Lunatic asylums Central Provinces reports 1895-1909 - 1895-1909
Year: 1895
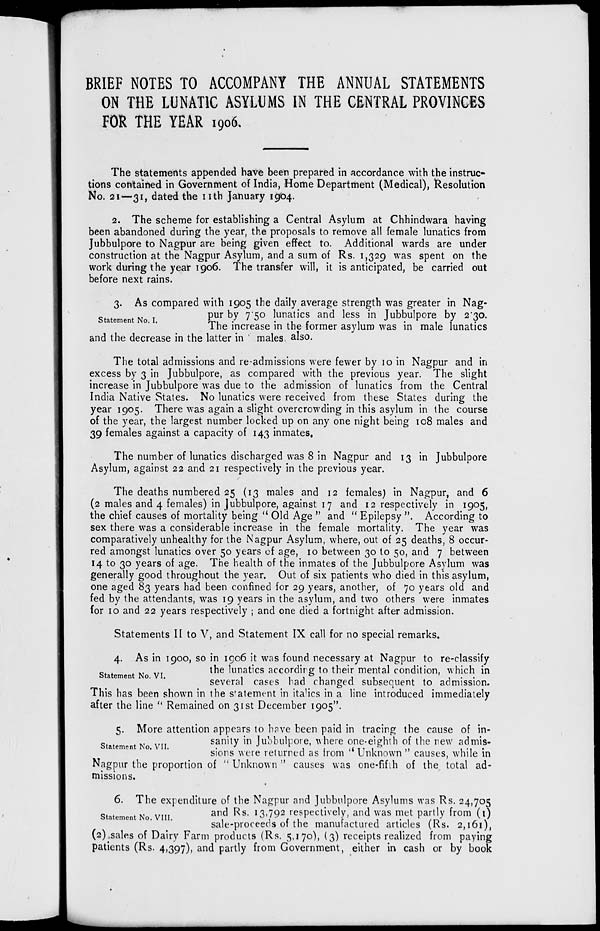
BRIEF NOTES TO ACCOMPANY THE ANNUAL STATEMENTS
ON THE LUNATIC ASYLUMS IN THE CENTRAL PROVINCES
FOR THE YEAR 1906.
The statements appended have been prepared in accordance with the instruc-
tions contained in Government of India, Home Department (Medical), Resolution
No. 21—31, dated the 11th January 1904.
2. The scheme for establishing a Central Asylum at Chhindwara having
been abandoned during the year, the proposals to remove all female lunatics from
Jubbulpore to Nagpur are being given effect to. Additional wards are under
construction at the Nagpur Asylum, and a sum of Rs. 1,329 was spent on the
work during the year 1906. The transfer will, it is anticipated, be carried out
before next rains.
Statement No. I.
3. As compared with 1905 the daily average strength was greater in Nag-
pur by 7.50 lunatics and less in Jubbulpore by 2.30.
The increase in the former asylum was in male lunatics
and the decrease in the latter in males also.
The total admissions and re-admissions were fewer by 10 in Nagpur and in
excess by 3 in Jubbulpore, as compared with the previous year. The slight
increase in Jubbulpore was due to the admission of lunatics from the Central
India Native Stales. No lunatics were received from these States during the
year 1905. There was again a slight overcrowding in this asylum in the course
of the year, the largest number locked up on any one night being 108 males and
39 females against a capacity of 143 inmates.
The number of lunatics discharged was 8 in Nagpur and 13 in Jubbulpore
Asylum, against 22 and 21 respectively in the previous year.
The deaths numbered 25 (13 males and 12 females) in Nagpur, and 6
(2 males and 4 females) in Jubbulpore, against 17 and 12 respectively in 1905,
the chief causes of mortality being " Old Age " and " Epilepsy ". According to
sex there was a considerable increase in the female mortality. The year was
comparatively unhealthy for the Nagpur Asylum, where, out of 25 deaths, 8 occur-
red amongst lunatics over 50 years of age, 10 between 30 to 50, and 7 between
14 to 30 years of age. The health of the inmates of the Jubbulpore Asylum was
generally good throughout the year. Out of six patients who died in this asylum,
one aged 83 years had been confined for 29 years, another, of 70 years old and
fed by the attendants, was 19 years in the asylum, and two others were inmates
for 10 and 22 years respectively ; and one died a fortnight after admission.
Statements II to V, and Statement IX call for no special remarks.
Statement No. VI.
4. As in 1900, so in 1906 it was found necessary at Nagpur to re-classify
the lunatics according to their mental condition, which in
several cases had changed subsequent to admission.
This has been shown in the statement in italics in a line introduced immediately
after the line " Remained on 31st December 1905".
Statement No. VII.
5. More attention appears to have been paid in tracing the cause of in-
sanity in Jubbulpore, where one-eighth of the new admis-
sions were returned as from " Unknown " causes, while in
Nagpur the proportion of " Unknown " causes was one-fifth of the total ad-
missions.
Statement No. VIII.
6. The expenditure of the Nagpur and Jubbulpore Asylums was Rs. 24,705
and Rs. 13,792 respectively, and was met partly from (1)
sale-proceeds of the manufactured articles (Rs. 2,161),
(2)sales of Dairy Farm products (Rs. 5,170), (3) receipts realized from paying
patients (Rs. 4,397), and partly from Government, either in cash or by book